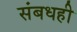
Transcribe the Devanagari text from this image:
संबधही